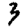
Digit: 3